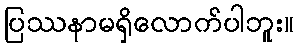
ပြဿနာမရှိလောက်ပါဘူး။